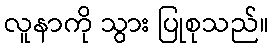
လူနာကို သွား ပြုစုသည်။